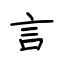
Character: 言